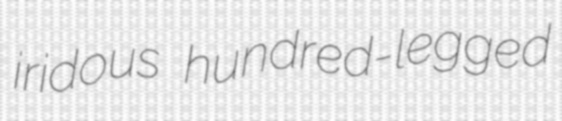
iridous hundred-legged